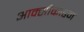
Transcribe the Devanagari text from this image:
आक्सीकोडन